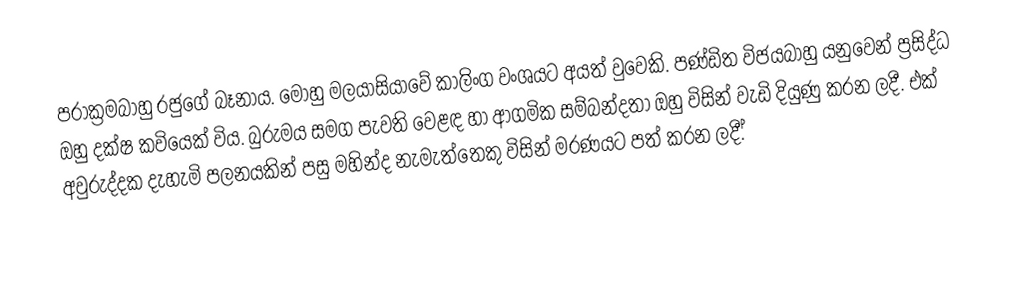
පරාක්‍රමබාහු රජුගේ බෑනාය. මොහු මලයාසියාවේ  කාලිංග වංශයට අයත් වුවෙකි. පණ්ඩිත විජයබාහු  යනුවෙන් ප්‍රසිද්ධ ඔහු දක්ෂ කවියෙක් විය. බුරුමය සමග පැවති වෙළඳ හා ආගමික සම්බන්දතා ඔහු විසින් වැඩි දියුණු කරන ලදී. එක් අවුරුද්දක දැහැමි පලනයකින් පසු මහින්ද නැමැත්තෙකු විසින් මරණයට පත් කරන ලදී.්